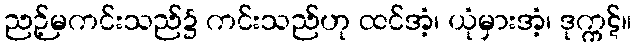
ညဉ့်မကင်းသည်၌ ကင်းသည်ဟု ထင်အံ့၊ ယုံမှားအံ့၊ ဒုက္ကဋ်။